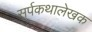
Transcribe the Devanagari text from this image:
सर्पकथालेखक